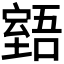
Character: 𦥉